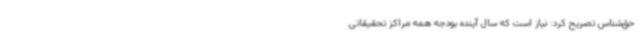
حق‌شناس تصریح کرد: نیاز است که سال آینده بودجه همه مراکز تحقیقاتی